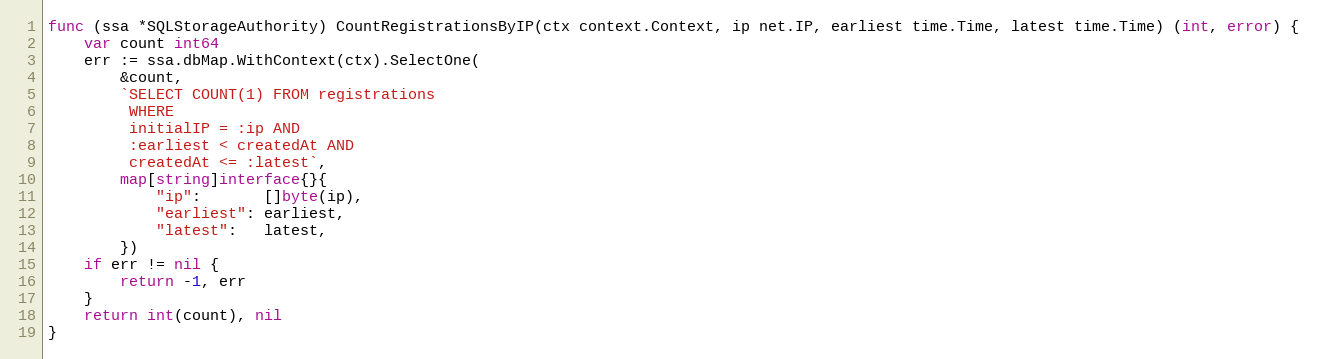
Language: Go
func (ssa *SQLStorageAuthority) CountRegistrationsByIP(ctx context.Context, ip net.IP, earliest time.Time, latest time.Time) (int, error) {
	var count int64
	err := ssa.dbMap.WithContext(ctx).SelectOne(
		&count,
		`SELECT COUNT(1) FROM registrations
		 WHERE
		 initialIP = :ip AND
		 :earliest < createdAt AND
		 createdAt <= :latest`,
		map[string]interface{}{
			"ip":       []byte(ip),
			"earliest": earliest,
			"latest":   latest,
		})
	if err != nil {
		return -1, err
	}
	return int(count), nil
}